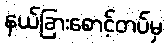
နယ်ခြားစောင့်တပ်မှ